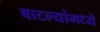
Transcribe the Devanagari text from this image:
बाटल्यांमध्ये